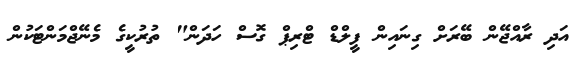
އަދި ރާއްޖޭން ބޭރަށް ގިނައިން ފީލްޑް ޓްރިޕް ގޮސް ހަދަން" ތުރުކީގެ މެނޭޖްމަންޓަކުން